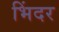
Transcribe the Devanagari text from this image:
भिंदर